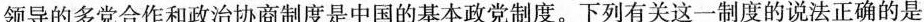
领导的多党合作和政治协商制度是中国的基本政党制度。下列有关这一制度的说法正确的是